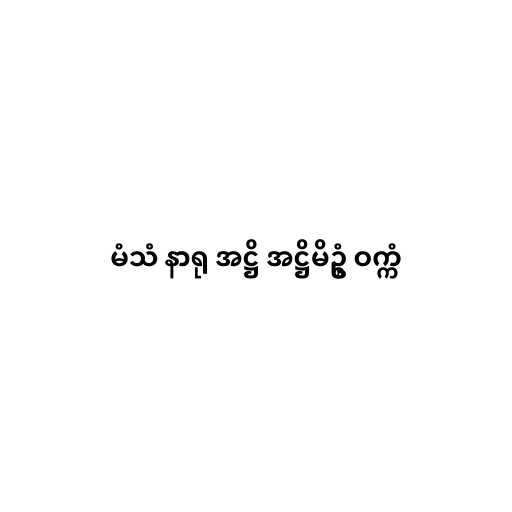
မံသံ နာရု အဋ္ဌိ အဋ္ဌိမိဥ္စံ ဝက္ကံ